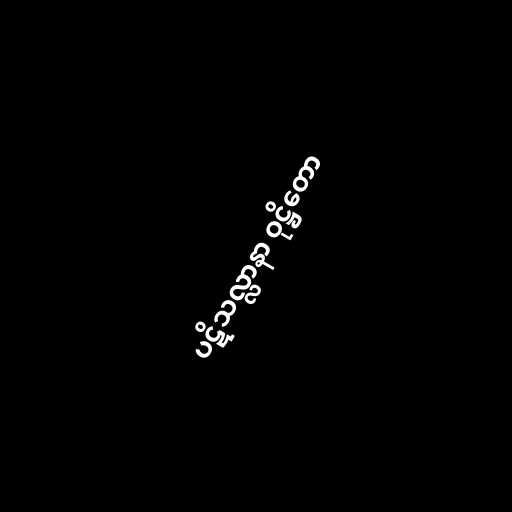
ပဋိသလ္လာနာ ဝုဋ္ဌိတော